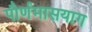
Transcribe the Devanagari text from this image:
पौर्णमासयाग